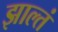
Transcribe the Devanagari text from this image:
झाल्तं